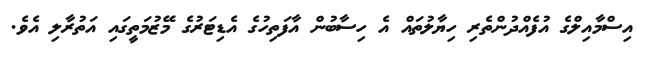
އިސްމާއިލްގެ އުފެއްދުންތެރި ހިޔާލުތައް އެ ހިސާބުން އާފަތިހުގެ އެޑިޓަރުގެ މޭޒުމަތީގައި އަތުރާލި އެވެ.